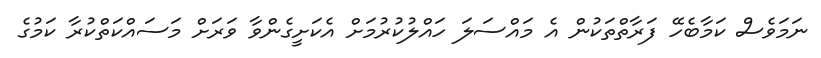
ނަމަވެސް ކަމާބެހޭ ފަރާތްތަކުން އެ މައްސަލަ ހައްލުކުރުމަށް އެކަށީގެންވާ ވަރަށް މަސައްކަތްކުރާ ކަމުގެ